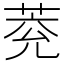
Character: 萒